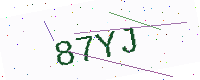
Text: 87YJ